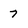
Character: 7